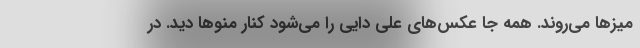
میزها می‌روند. همه جا عکس‌های علی دایی را می‌شود کنار منوها دید. در